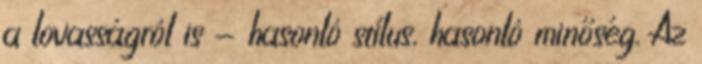
a lovasságról is - hasonló stílus, hasonló minőség. Az